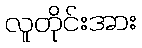
လူတိုင်းအား